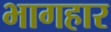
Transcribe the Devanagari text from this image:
भागहार